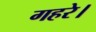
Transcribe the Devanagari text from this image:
गहरे।